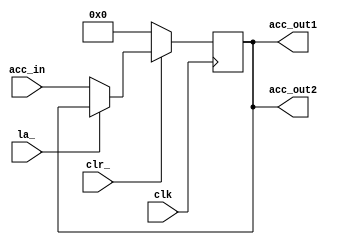
module ACC(
	output [7:0] acc_out1,
	output [7:0] acc_out2,
	input [7:0] acc_in,
	input la_,
	input clk,
	input clr_
	);
	
	reg [7:0] q;
	
	always @(posedge clk)
		if (~clr_) q <= 8'b0;
		else if(~la_) q <= acc_in;	
	
	assign acc_out1 = q;
	assign acc_out2 = q;
	
endmodule